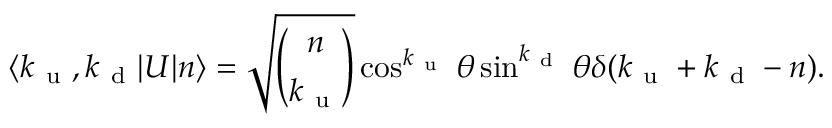
\langle k _ { \mathrm { ~ u ~ } } , k _ { \mathrm { ~ d ~ } } \vert U \vert n \rangle = \sqrt { \binom { n } { k _ { \mathrm { ~ u ~ } } } } \cos ^ { k _ { \mathrm { ~ u ~ } } } { \theta } \sin ^ { k _ { \mathrm { ~ d ~ } } } { \theta } \delta ( k _ { \mathrm { ~ u ~ } } + k _ { \mathrm { ~ d ~ } } - n ) .